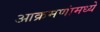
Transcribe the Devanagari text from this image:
आक्रमणांमध्ये